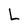
Character: L